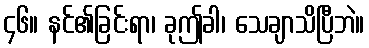
၄၆။ နင်၏ခြင်းရာ၊ ခုဤခါ၊ သေချာသိပြီဘဲ။